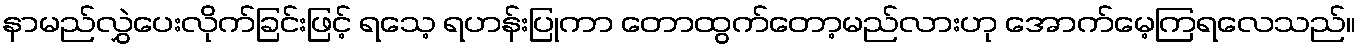
နာမည်လွှဲပေးလိုက်ခြင်းဖြင့် ရသေ့ ရဟန်းပြုကာ တောထွက်တော့မည်လားဟု အောက်မေ့ကြရလေသည်။